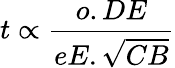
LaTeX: t\propto{\frac{o.DE}{eE.{\sqrt{CB}}}}